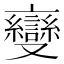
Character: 𬽠